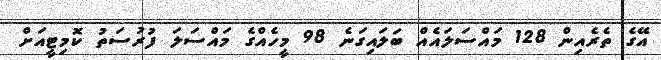
އޭގެ ތެރެއިން 128 މައްސަލައެއް ބަލައިގަނެ 98 މީހެއްގެ މައްސަލަ ފުރުސަތު ކޮމިޓީއަށް